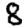
Digit: 8